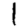
Digit: 1